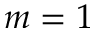
m = 1